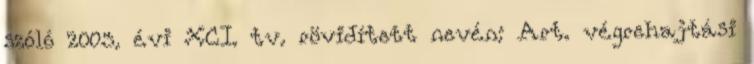
szóló 2003. évi XCI. tv. rövidített nevén: Art. végrehajtási